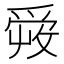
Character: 𤔠